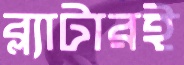
ব্ল্যাটারই